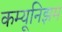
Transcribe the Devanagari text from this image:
कम्यूनिझम